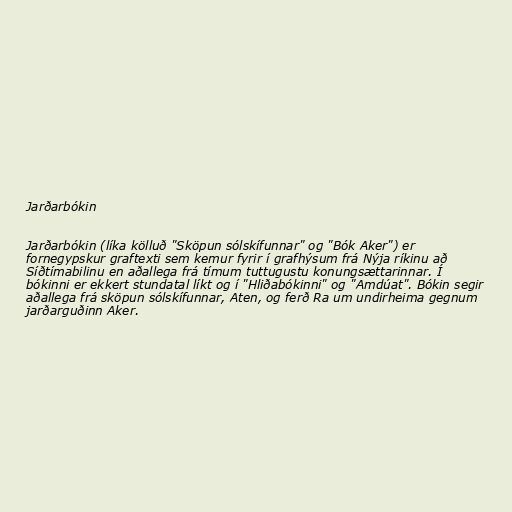
Jarðarbókin

Jarðarbókin (líka kölluð "Sköpun sólskífunnar" og "Bók Aker") er
fornegypskur graftexti sem kemur fyrir í grafhýsum frá Nýja ríkinu að
Síðtímabilinu en aðallega frá tímum tuttugustu konungsættarinnar. Í
bókinni er ekkert stundatal líkt og í "Hliðabókinni" og "Amdúat". Bókin segir
aðallega frá sköpun sólskífunnar, Aten, og ferð Ra um undirheima gegnum
jarðarguðinn Aker.